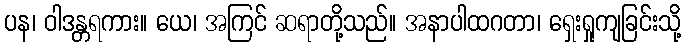
ပန၊ ဝါဒန္တရကား။ ယေ၊ အကြင် ဆရာတို့သည်။ အနာပါထဂတာ၊ ရှေးရှုကျခြင်းသို့